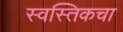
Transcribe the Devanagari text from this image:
स्वस्तिकचा